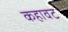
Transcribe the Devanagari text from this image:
कहावट